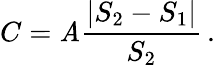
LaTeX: C=\mathit{A}{\frac{{|S_{2}-S_{1}|}}{{S_{2}}}}\, .